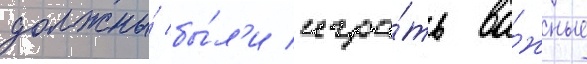
должны́ бы́л'и игра́ть ва́жные